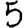
Digit: 5